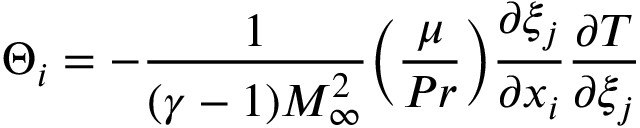
\Theta _ { i } = - \frac { 1 } { ( \gamma - 1 ) M _ { \infty } ^ { 2 } } \bigg ( \frac { \mu } { P r } \bigg ) \frac { \partial \xi _ { j } } { \partial x _ { i } } \frac { \partial T } { \partial \xi _ { j } }